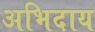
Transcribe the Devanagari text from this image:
अभिदाय